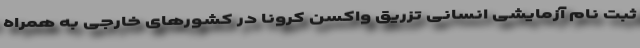
ثبت نام آزمایشی انسانی تزریق واکسن کرونا در کشورهای خارجی به همراه